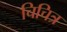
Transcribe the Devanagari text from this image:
चिचित्र